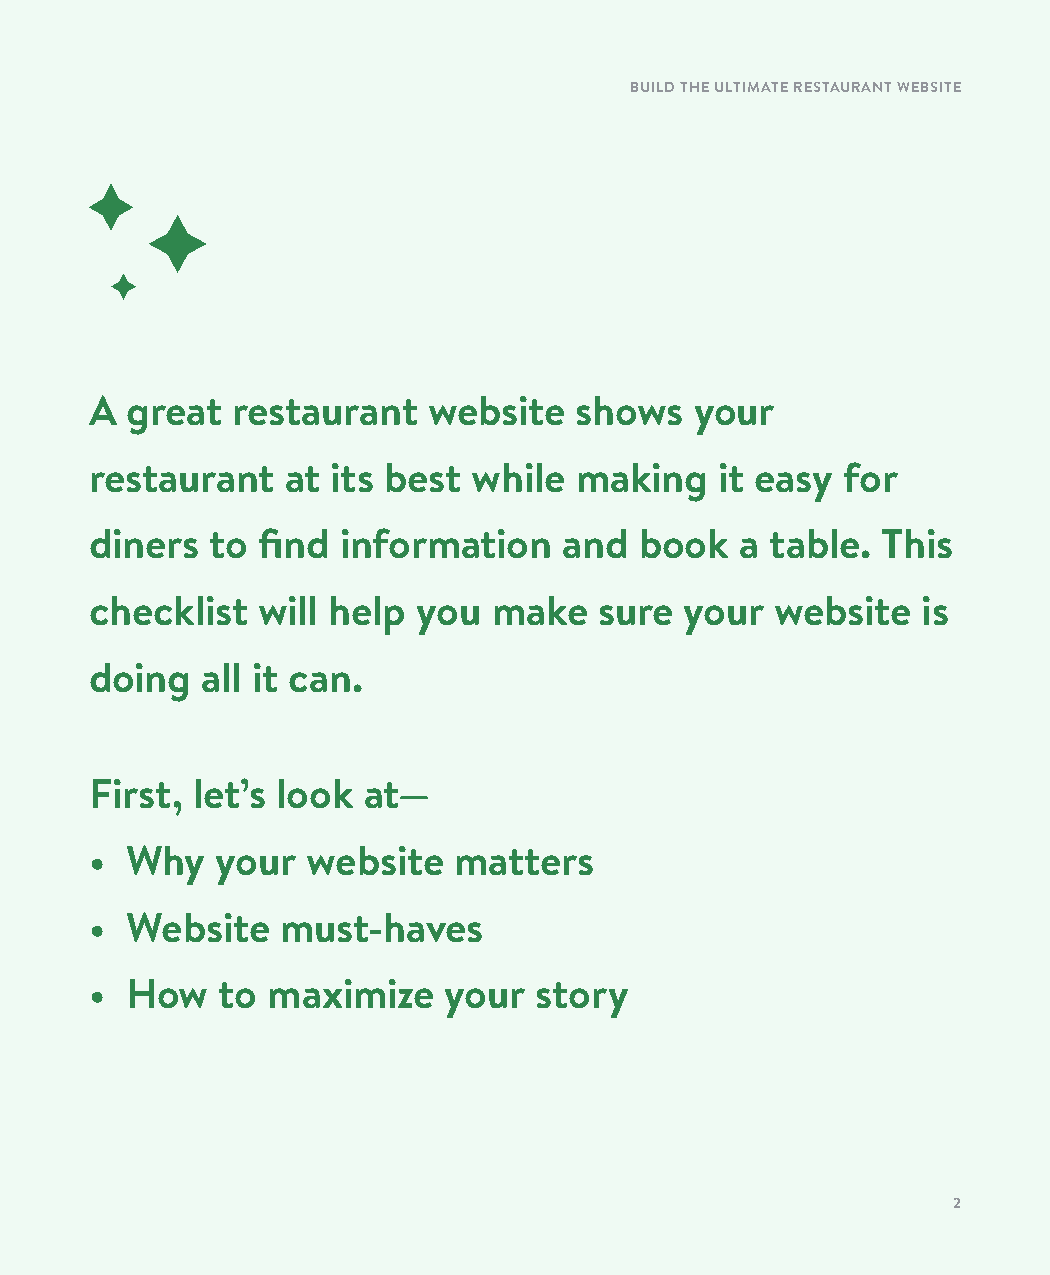
BUILD THE ULTIMATE RESTAURANT WEBSITE
 A great  restaurant   website   shows   your
 restaurant   at its best while  making    it easy for
 diners  to find  information   and  book   a table. This
 checklist  will help  you  make   sure your  website   is
 doing  all it can.
 First, let’s look at—
 • Why   your  website   matters
 • Website    must-haves
 • How    to maximize   your  story
 2